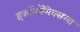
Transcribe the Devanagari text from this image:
इकॉनॉमिक्सला